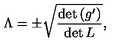
\Lambda = \pm \sqrt { \frac { \det \left( g ^ { \prime } \right) } { \det L } } ,